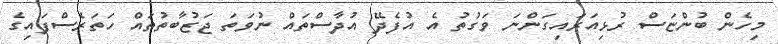
މިހެން ބުންޏަސް ރުޅިއަރައިގަންނަ ވަގުތު އެ އުފެދޭ އުދާސްތައް ނުވަތަ ޖަޒުބާތުތައް ހަތަރެސްފައިގެ